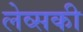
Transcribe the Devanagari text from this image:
लेव्‍सकी